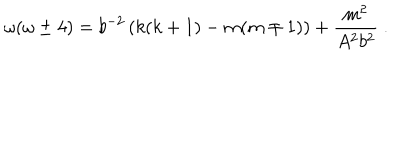
LaTeX: \omega ( \omega \pm 4 ) = b ^ { - 2 } \left( k ( k + 1 ) - m ( m \mp 1 ) \right) + \frac { m ^ { 2 } } { A ^ { 2 } b ^ { 2 } } \ .